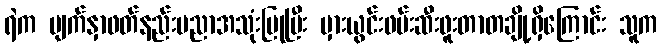
ရဲက မျက်နှာဖတ်နည်းပညာအသုံးပြုပြီး မှားယွင်းဖမ်းဆီးဖူးတာတချို့ရှိကြောင်း သူက